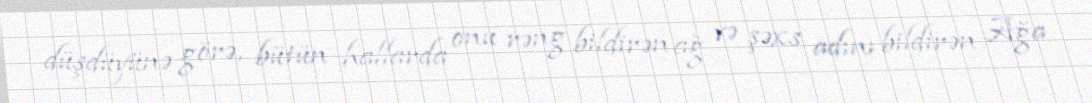
düşdüyünə görə, bütün hallarda onu rəng bildirən ağ və şəxs adını bildirən Ağa